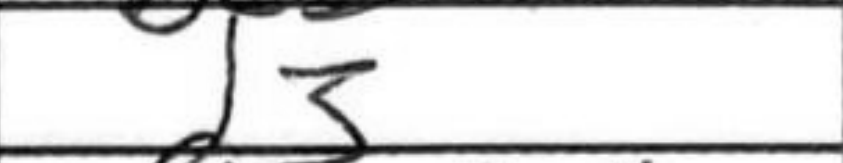
Transcription: d3